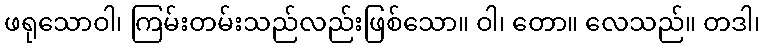
ဖရုသောဝါ၊ ကြမ်းတမ်းသည်လည်းဖြစ်သော။ ဝါ၊ တော။ လေသည်။ တဒါ၊